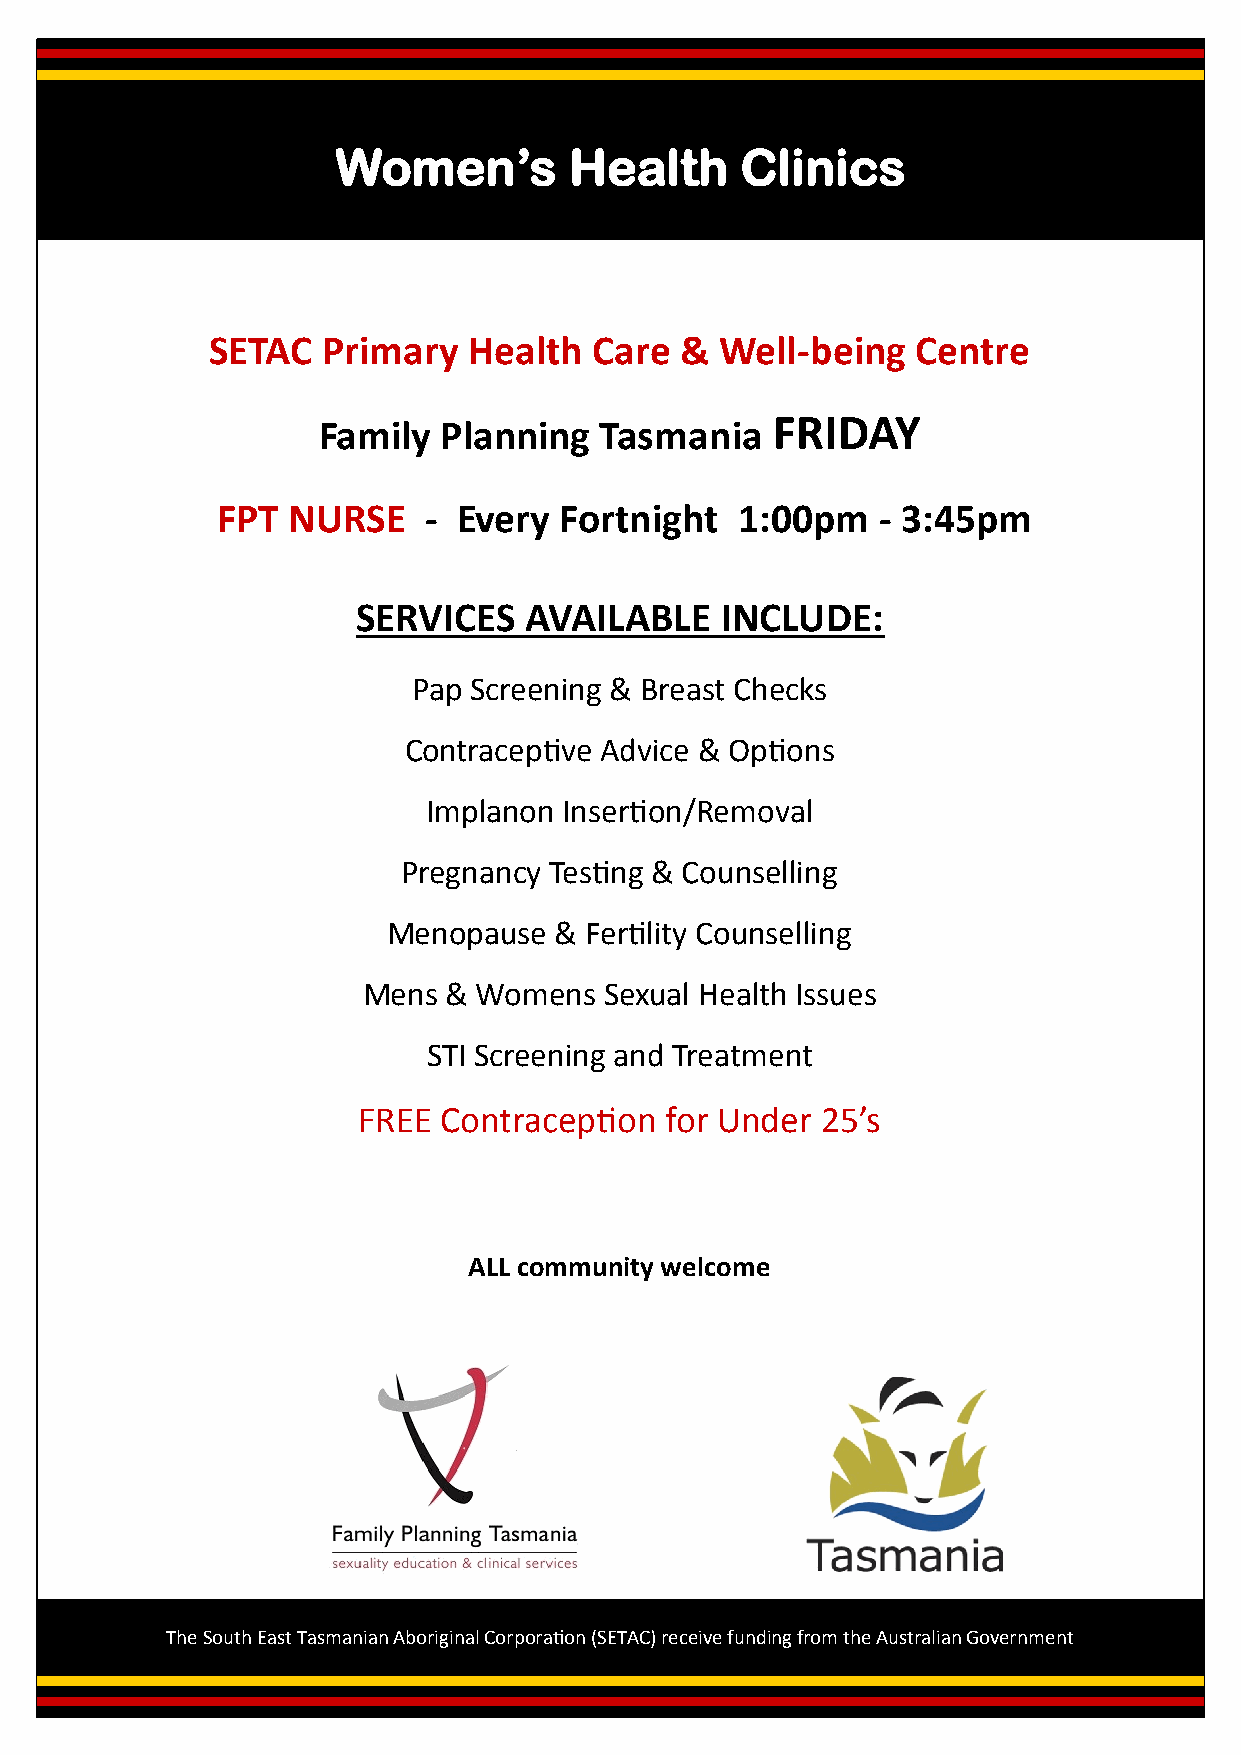
Women’s         Health     Clinics
 SETAC  Primary   Health  Care  &  Well-being   Centre
 FRIDAY
 Family  Planning   Tasmania
 FPT  NURSE    - Every  Fortnight   1:00pm   - 3:45pm
 SERVICES   AVAILABLE    INCLUDE:
 Pap Screening & Breast Checks
 Contraceptive Advice & Options
 Implanon Insertion/Removal
 Pregnancy Testing & Counselling
 Menopause  & Fertility Counselling
 Mens  & Womens  Sexual Health Issues
 STI Screening and Treatment
 FREE Contraception  for Under 25’s
 ALL community welcome
 The South East Tasmanian Aboriginal Corporation (SETAC) receive funding from the Australian Government